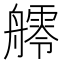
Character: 𦪩